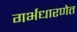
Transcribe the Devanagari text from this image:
गर्भधारणेत